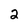
Character: 2